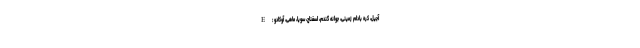
E : آجیل، کره بادام زمینی، جوانه گندم، اسفناج، سویا، ماهی، آوکادو